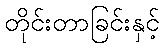
တိုင်းတာခြင်းနှင့်